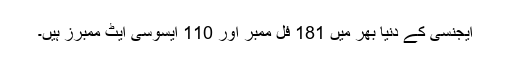
ایجنسی کے دنیا بھر میں 181 فل ممبر اور 110 ایسوسی ایٹ ممبرز ہیں۔